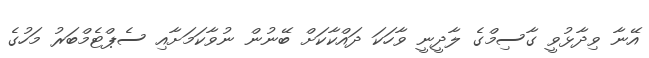
އޭނާ ވިދާޅުވީ ގާސިމްގެ ލާދީނީ ވާހަކަ ދައްކާކަށް ބޭނުން ނުވާކަމަށާއި ސެޕްޓެމްބަރު މަހުގެ